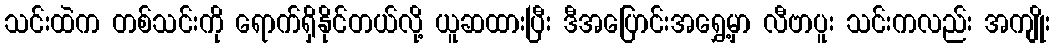
သင်းထဲက တစ်သင်းကို ရောက်ရှိနိုင်တယ်လို့ ယူဆထားပြီး ဒီအပြောင်းအရွှေ့မှာ လီဗာပူး သင်းကလည်း အကျိုး